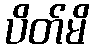
ပိတ်မိ